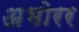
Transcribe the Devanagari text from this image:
अभोरर